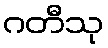
ဂတီသု